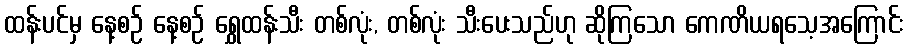
ထန်းပင်မှ နေ့စဉ် နေ့စဉ် ရွှေထန်းသီး တစ်လုံး, တစ်လုံး သီးပေးသည်ဟု ဆိုကြသော ကေဏိယရသေ့အကြောင်း